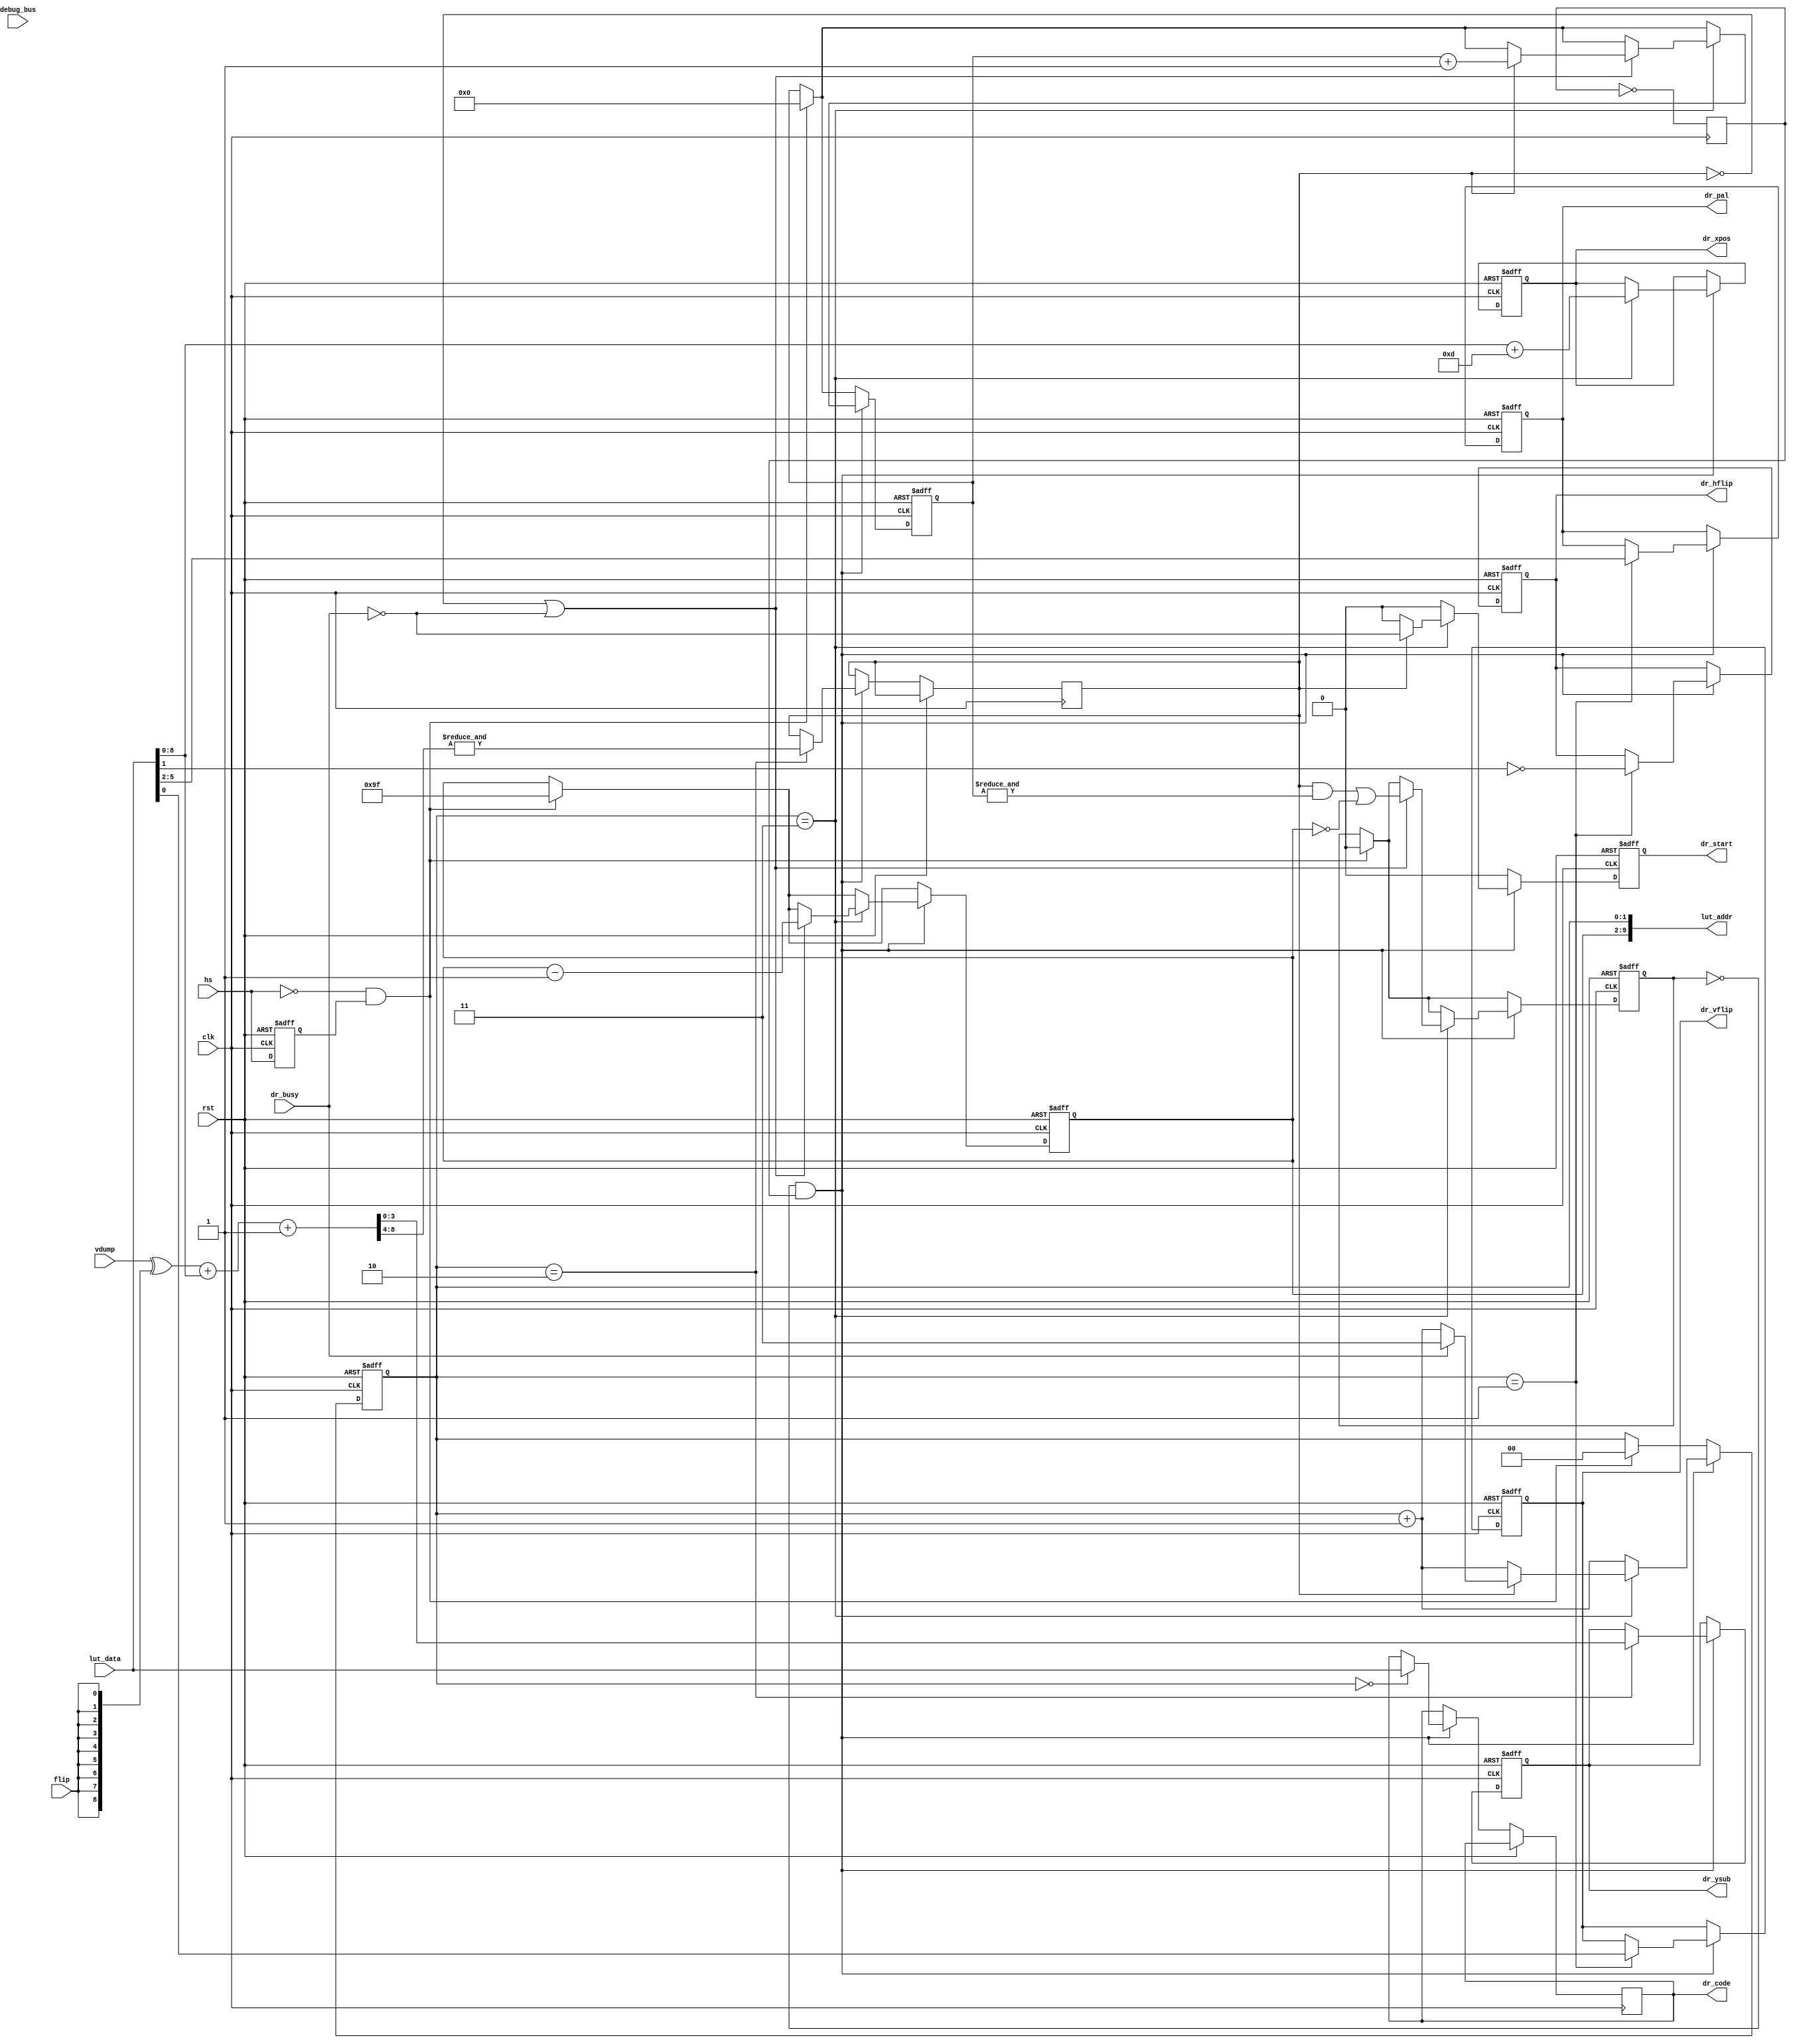
/*  This file is part of JTCORES.
    JTCORES program is free software: you can redistribute it and/or modify
    it under the terms of the GNU General Public License as published by
    the Free Software Foundation, either version 3 of the License, or
    (at your option) any later version.

    JTCORES program is distributed in the hope that it will be useful,
    but WITHOUT ANY WARRANTY; without even the implied warranty of
    MERCHANTABILITY or FITNESS FOR A PARTICULAR PURPOSE.  See the
    GNU General Public License for more details.

    You should have received a copy of the GNU General Public License
    along with JTCORES.  If not, see <http://www.gnu.org/licenses/>.

    Author: Jose Tejada Gomez. Twitter: @topapate
    Version: 1.0
    Date: 1-1-2023 */

module jttora_objdata(
    input               rst,
    input               clk,
    // screen
    input        [8:0]  vdump,
    input               flip,
    input               hs,
    // per-line sprite data
    output      [ 9:0]  lut_addr,
    input       [11:0]  lut_data,
    // Draw data
    output reg  [11:0]  dr_code,
    output reg  [ 8:0]  dr_xpos,
    output reg          dr_hflip,
    output reg          dr_vflip,
    output reg  [ 3:0]  dr_pal,
    output reg  [ 3:0]  dr_ysub,
    output reg          dr_start,
    input               dr_busy,

    input         [7:0] debug_bus
);

parameter VINV=1; // Assumes that the y position is inverted (needed for Tora, but not Biocom)

localparam [7:0] OBJMAX=159;

reg  [ 8:0] Vsum, vf;
reg  [ 3:0] Vobj;
reg  [ 1:0] st;
reg  [ 7:0] obj_cnt;
reg  [ 4:0] drawn;  // max 31 objects per line
reg         vinzone, done, hsl, cen=0;

assign lut_addr = { obj_cnt, st };

always @(*) begin
    vf   = vdump^{flip,{8{flip^~VINV[0]}}};
    Vsum = vf + lut_data[8:0] + 8'd1;
end

always @(posedge clk) begin
    cen <= ~cen;
end

always @(posedge clk, posedge rst) begin
    if( rst ) begin
        st       <= 0;
        done     <= 0;
        obj_cnt  <= 0;
        drawn    <= 0;
        hsl      <= 0;
        dr_start <= 0;
        dr_xpos  <= 0;
        dr_ysub  <= 0;
        dr_vflip <= 0;
        dr_hflip <= 0;
        dr_pal   <= 0;
    end else begin
        hsl      <= hs;
        dr_start <= 0;
        if( ~hs & hsl ) begin
            drawn   <= 0;
            obj_cnt <= OBJMAX;
            st      <= 0;
            done    <= 0;
        end
        if( !done && cen ) begin
            st <= st + 1'd1;
            case( st )
                0: dr_code <= lut_data;
                1: begin
                    dr_vflip <= lut_data[0]^~VINV[0];
                    dr_hflip <= ~lut_data[1];
                    dr_pal   <= lut_data[5:2];
                end
                2: begin // Object Y is on objbuf_data at this step
                    dr_ysub <=  Vsum[3:0];
                    vinzone <= &Vsum[8:4];
                end
                3: begin
                    dr_xpos <= lut_data[8:0] + 9'd13;
                    if( !vinzone || !dr_busy ) begin
                        obj_cnt <= obj_cnt - 1'd1;
                        if( vinzone ) drawn <= drawn + 1'd1;
                        done <= (vinzone && &drawn) || obj_cnt==0;
                    end
                    if( vinzone ) begin
                        dr_start <= !dr_busy;
                        if( dr_busy ) st <= 3;
                    end
                end
            endcase
        end
    end
end

endmodule